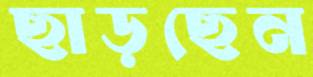
ছাড়ছেন